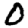
Digit: 0